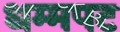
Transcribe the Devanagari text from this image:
धम्मपट